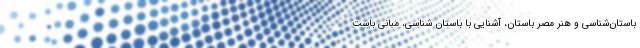
باستان‌شناسی و هنر مصر باستان، آشنایی با باستان شناسی، مبانی باست